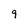
Character: 9